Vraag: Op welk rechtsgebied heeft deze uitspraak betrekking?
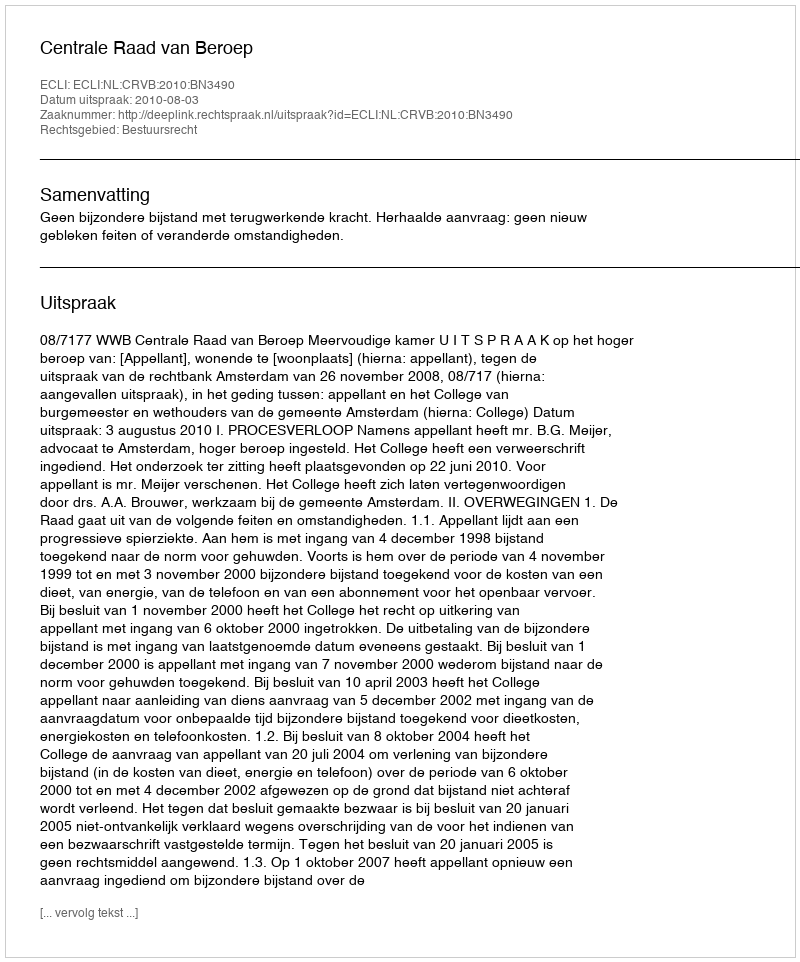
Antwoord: Bestuursrecht